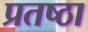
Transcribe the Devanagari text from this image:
प्रतष्ठा